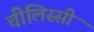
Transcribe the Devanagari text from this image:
चीलिस्सी